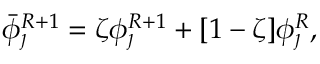
\bar { \phi } _ { \jmath } ^ { R + 1 } = \zeta \phi _ { \jmath } ^ { R + 1 } + [ 1 - \zeta ] \phi _ { \jmath } ^ { R } ,